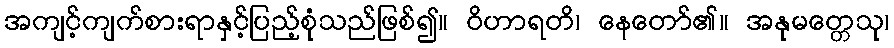
အကျင့်ကျက်စားရာနှင့်ပြည့်စုံသည်ဖြစ်၍။ ဝိဟာရတိ၊ နေတော်၏။ အနုမတ္တေသု၊